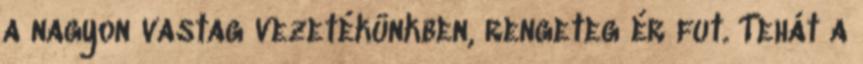
a nagyon vastag vezetékünkben, rengeteg ér fut. Tehát a